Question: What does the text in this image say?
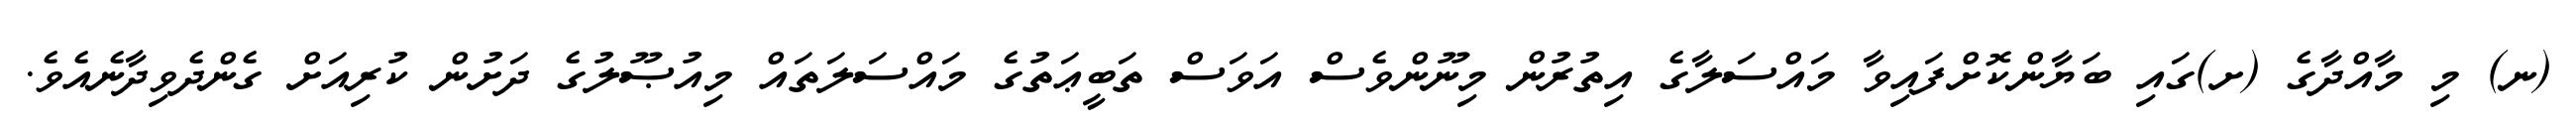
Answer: (ނ) މި މާއްދާގެ (ށ)ގައި ބަޔާންކޮށްފައިވާ މައްސަލާގެ އިތުރުން މިނޫންވެސް އަވަސް ތަބީޢަތުގެ މައްސަލަތައް މިއުޞޫލުގެ ދަށުން ކުރިއަށް ގެންދެވިދާނެއެވެ.